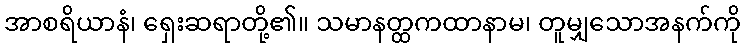
အာစရိယာနံ၊ ရှေးဆရာတို့၏။ သမာနတ္ထကထာနာမ၊ တူမျှသောအနက်ကို